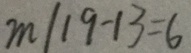
m \vert 1 9 - 1 3 = 6